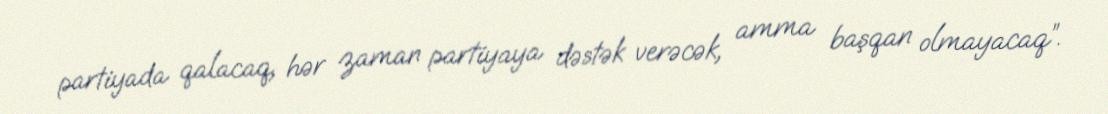
partiyada qalacaq, hər zaman partiyaya dəstək verəcək, amma başqan olmayacaq”.